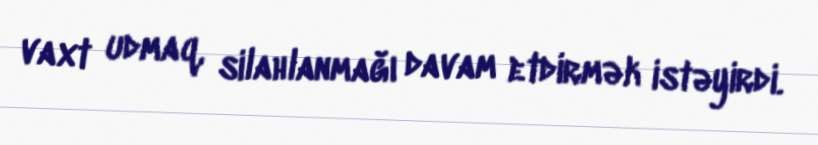
vaxt udmaq, silahlanmağı davam etdirmək istəyirdi.